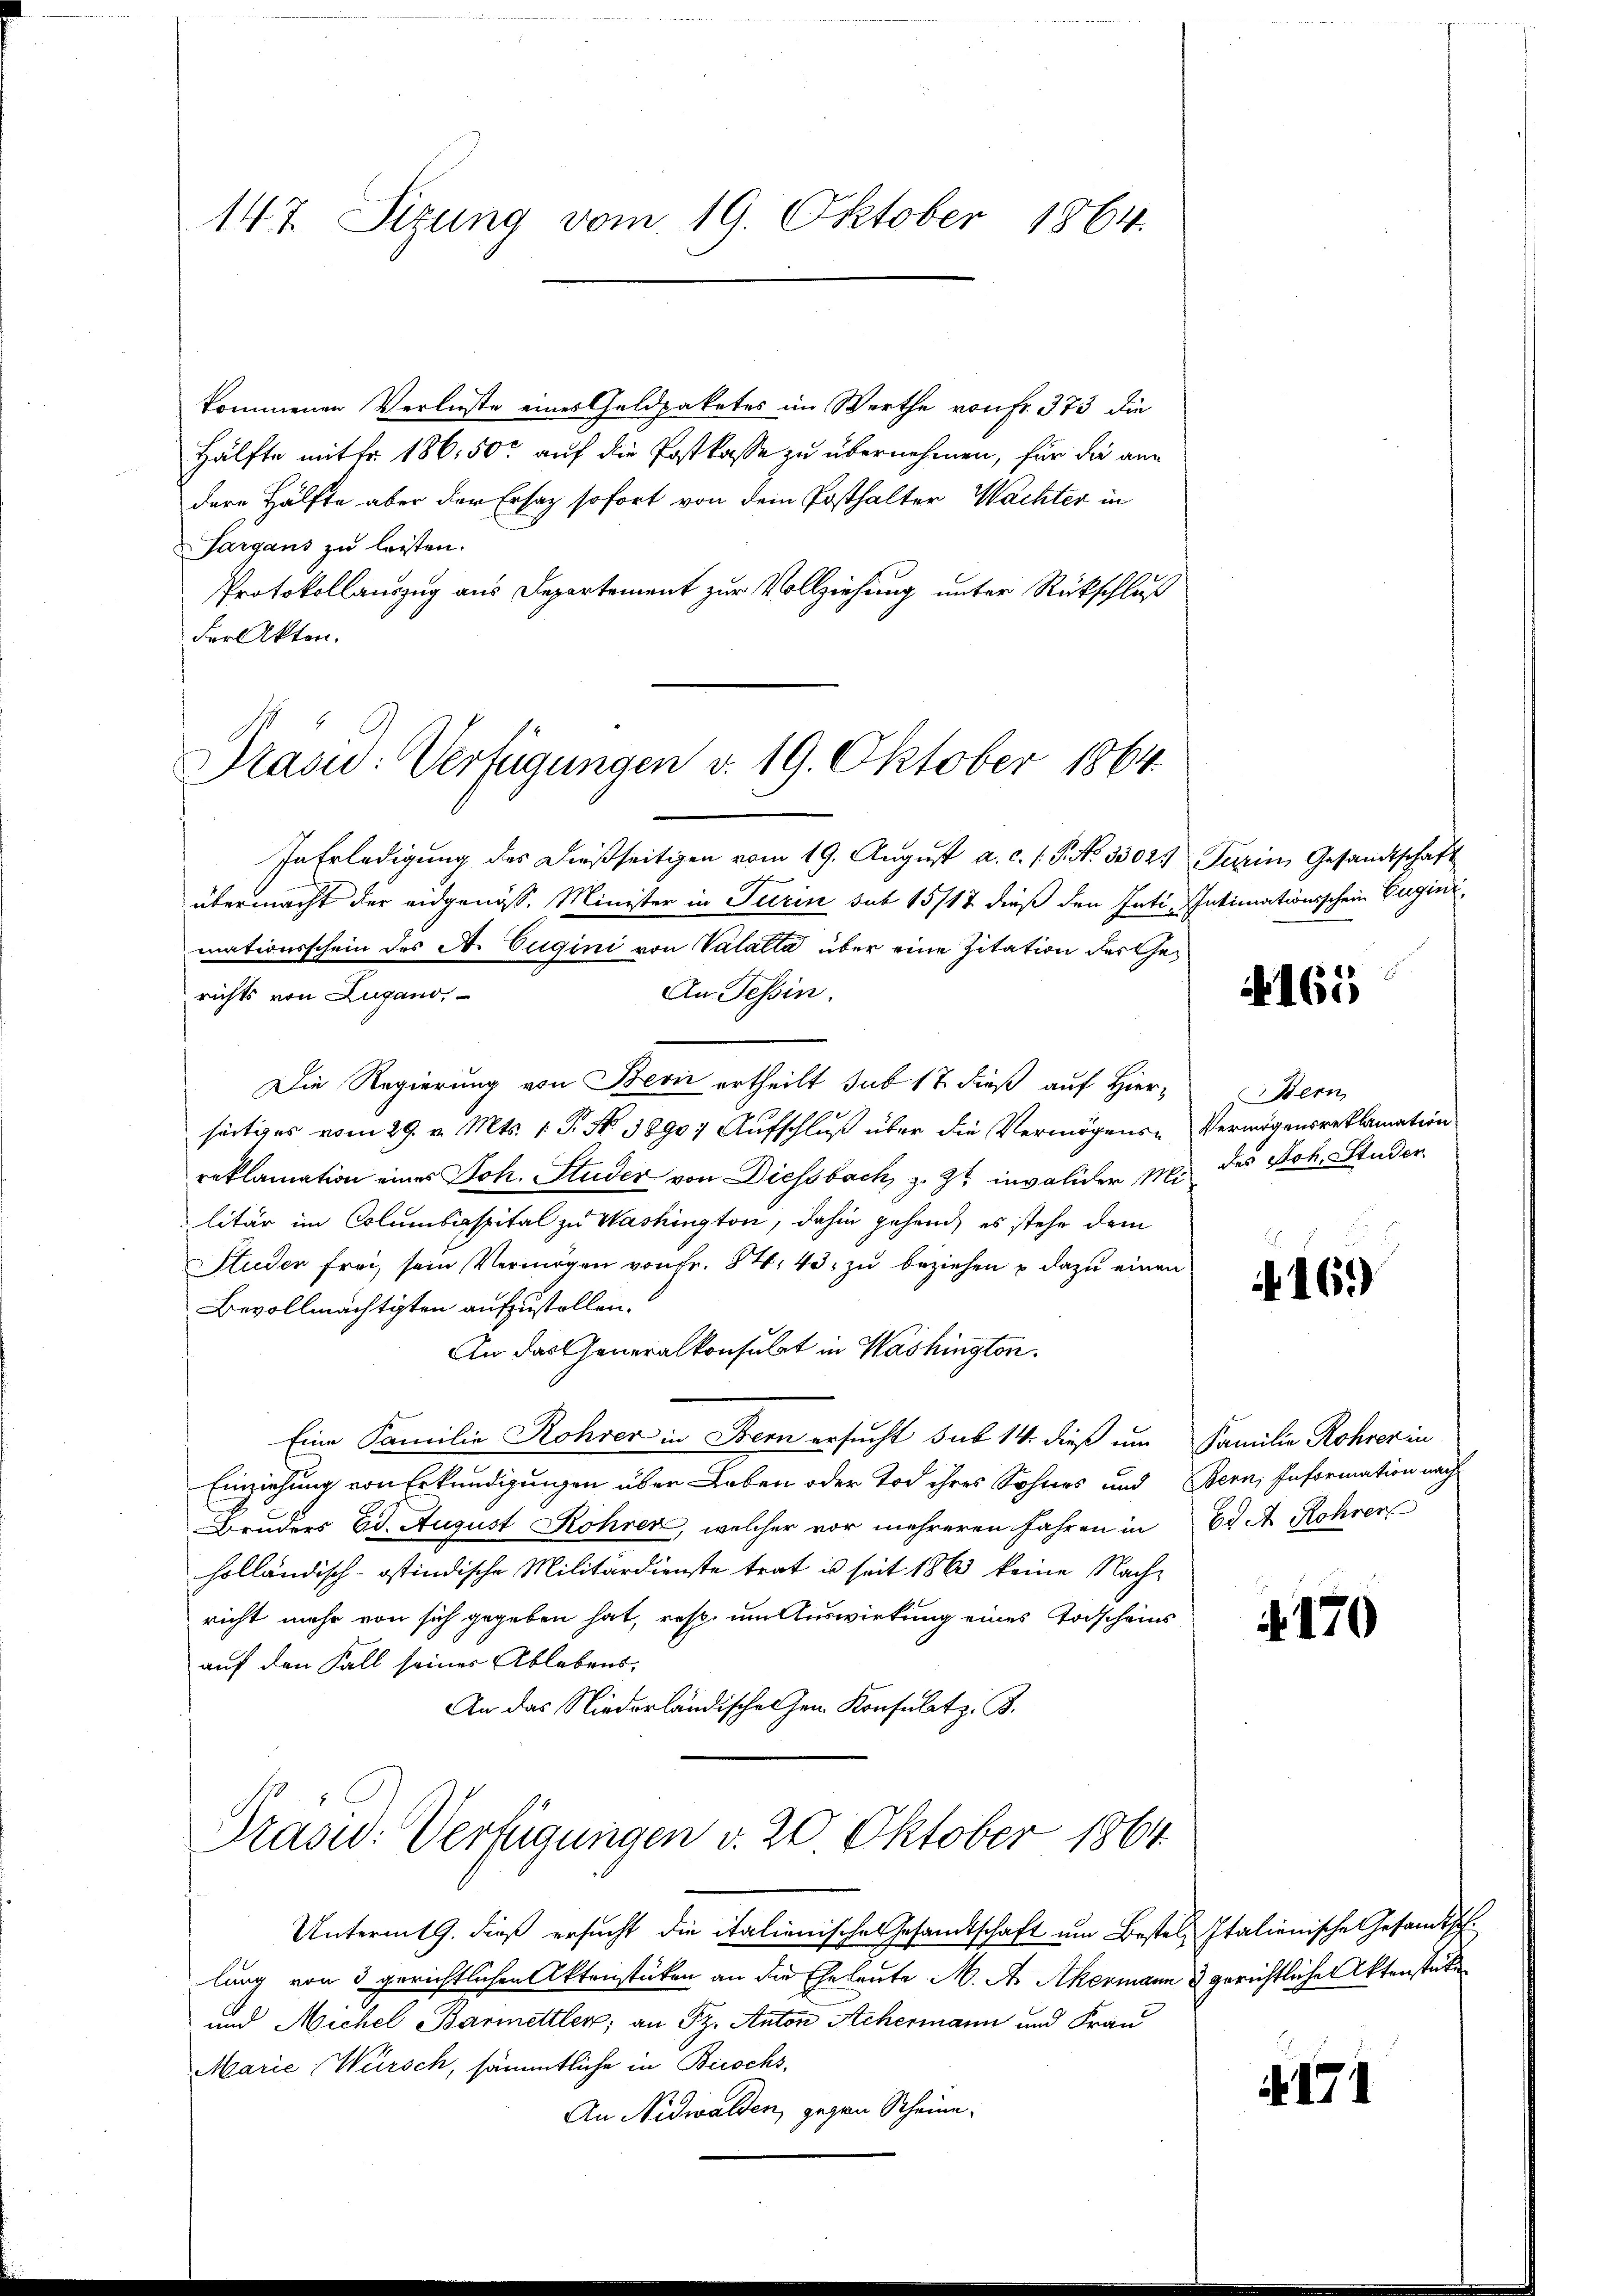
147. Sizung vom 19. Oktober 1864.

kommenen Verluste eines Geldpaketes im Werthe von Fr. 373 die
Hälfte mit fr. 186,500 auf die Postkasse zu übernehmen, für die an
dere Hälfte aber der Ersatz sofort von dem Posthalter Wachter in
Sargaus zu leisten.
Protokollauszug aus Departement zur Vollziehung unter Rückschluß
Fer Akten.

Präsid.: Verfügungen d. 19. Oktober 1864.

In Erledigung des dießseitigen vom 19. Aŭgŭst a. c. s. S. Nr. 3302. Parin Gesandtschaft
übermacht der eidgenöss. Minister in Turin sub 15/17 dieß den Inti- Intimationsschein Euginimationsschein des A. Eugini von Valatta über eine Zitation der Ge¬
An Tessin.
richts von Lugano,
Die Regierung von Bern ertheilt sub 17 dieß auf Hier- Bern,
0
seitiges vom 29. v. Mts. 1. P. Nr. 38907 Aufschluß über die Vermögens-Vermögensreklamation
reklamation eines Joh. Studer von Diessbach, z. Zt. invalider Mit des Joh. Studer
litär im Columbaspital zu Washington, dahin gehend, es stehe dem
Studer frei, sein Vermögen von Fr. 84. 43. zu beziehen u dazu einen
Bevollmächtigten aufzustellen.
An das Generalkonsulat in Washington.
Eine Familie Rohrer in Bern ersucht sub 14. dieß um Familie Rohrer in
Einziehung von Erkundigungen über Leben oder Tod ihres Sohnes und Bern, Information nach
Bruders Ed. August Rohren, welcher vor mehreren Jahren in 6. A. Rohrer
holländisch-ostindische Militärdienste trat u seit 1863 keine Nachricht mehr von sich gegeben hat, resp. um Auswirkung eines Todscheins
auf den Fall seines Ablebens-
An das Niederländische Gen. Konsulatz. B.
Präsid. Verfügungen v. 20. Oktober 1864.
Unterm 9. dieß ersucht die italienisches Gesamtschaft um Bestel Italienische Gesandtsch.
lung von 3 gerichtlichen Aktenstücken an die Eheleute M. A. Akermann & gerichtliche Aktenstücke
und Michel Barmettlere; an Pz. Anton Achermann und Frau
Marie Würsch, sämmtliche in Bischs,
An Nidwalden, gegen Scheine

N 165

169

170

N171